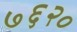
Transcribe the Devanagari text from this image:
७६२०